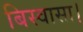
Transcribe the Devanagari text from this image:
बिस्वासा।